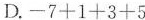
D.$$-7+1+3+5$$